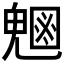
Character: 𭀸